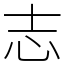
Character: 志